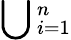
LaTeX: \bigcup{}_{i=1}^{n}